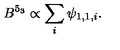
B ^ { 5 _ { 3 } } \propto \sum _ { i } \psi _ { 1 , 1 , i } .